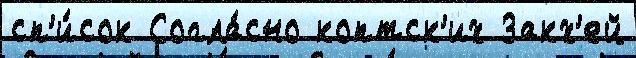
сп'и́сок Согла́сно коптск'их Закх'ей